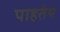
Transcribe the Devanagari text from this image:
पाहतेय